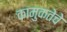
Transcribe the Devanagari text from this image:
कामुकतेचे